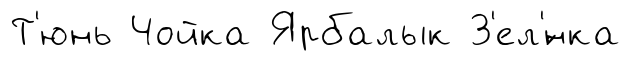
Т'юнь Чойка Ярбалык З'ел'́нка